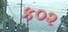
ક૦૨